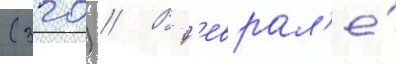
(320) // В ф'еврал'е́